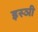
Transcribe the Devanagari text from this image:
इस्ञी